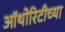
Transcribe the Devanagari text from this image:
ऑथोरिटीच्या